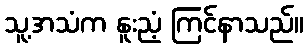
သူ့အသံက နူးညံ့ ကြင်နာသည်။